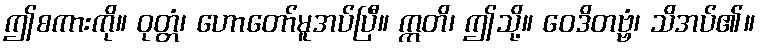
ဤစကားကို။ ဝုတ္တံ၊ ဟောတော်မူအပ်ပြီ။ ဣတိ၊ ဤသို့။ ဝေဒိတဗ္ဗံ၊ သိအပ်၏။